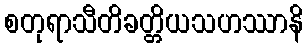
စတုရာသီတိခတ္တိယသဟဿာနိ